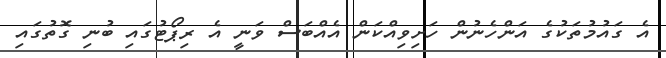
އެ ގައުމުތަކުގެ އަންހެނުން ހަށިވިއްކަން އެއްބަސް ވަނީ އެ ރިޕޯޓުގައި ބުނި ގޮތުގައި